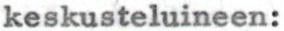
keskusteluineen: